Civil Veterinary Department Bengal reports 1923-33 - 1923-1933
Year: 1923
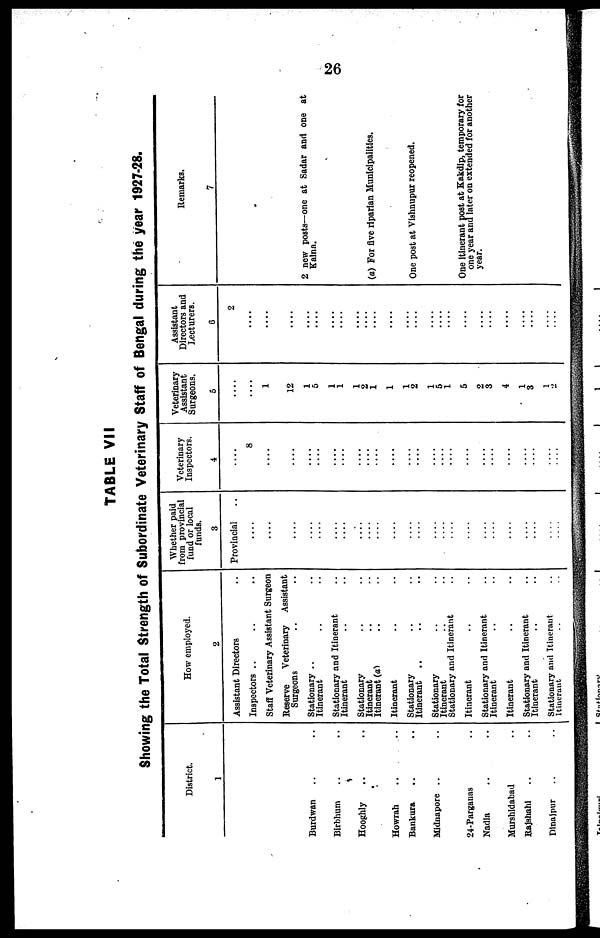
26
TABLE VII
Showing the Total Strength of Subordinate Veterinary Staff of Bengal during the year 1927-28.
District.
1
Burdwan .. ..
Birbhum .. ..
Hoophly .. ..
Howrah .. ..
Bankuia .. ..
Mldnapore .. ..
24-Parganas
Nadla .. ..
Murshidabad .. ..
Bajshahi .. ..
Dlnajpur .. ..
How employed.
2
Assistant Directors ..
Inspectors .. .. ..
Staff Veterinary Assistant Surgeon
Reserve
Veterinary Assistant
Surgeons .. ..
Stationary .. ..
Itinerant .. ..
Stationary and Itinerant ..
Itinerant .. ..
Stationary .. ..
Itinerant .. ..
Itinerant (a) .. ..
Itinerant .. ..
Stationary .. ..
Itinerant .. .. ..
Stationary .. ..
Itinerant .. ..
Stationary and Itinerant ..
Itinerant .. ..
Stationary and Itinerant ..
Itinerant .. ..
Itinerant .. ..
Stationary and Itinerant ..
Itinerant .. ..
Stationary and Itinerant ..
Itinerant .. ..
Whether paid
from provincial
fund or local
funds.
3
Provincial
....
....
....
....
....
....
....
....
....
....
....
....
....
....
....
....
....
....
....
....
....
....
....
....
Veterinary
Inspectors.
4
....
8
....
....
....
....
....
....
....
....
....
....
....
....
....
....
....
....
....
....
....
....
....
....
....
Veterinary
Assistant
Surgeons.
5
....
....
1
12
1
5
1
1
1
2
1
1
1
2
1
5
1
5
2
3
4
1
3
1
2
Assistant
Directors and
Lecturers.
6
2
....
....
....
....
....
....
....
....
....
....
....
....
....
....
....
....
....
....
....
....
....
....
....
....
|
Remarks.
7
2 new posts—one at Sadar and one at
Kaina.
(a) For five riparian Municipalities.
One post at Vishnupur reopened.
One itinerant post at Kakdip, temporary for
one year and later on extended for another
year.